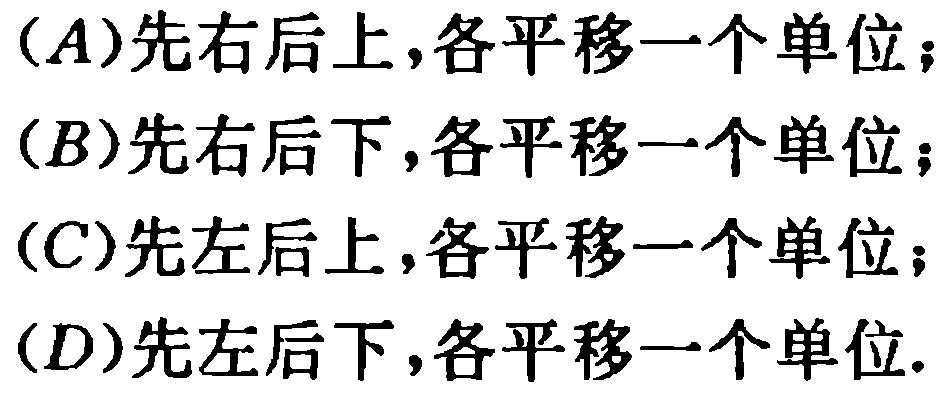
(A)先右后上,各平移一个单位;

(B)先右后下,各平移一个单位;

(C)先左后上,各平移一个单位;

(D)先左后下,各平移一个单位.